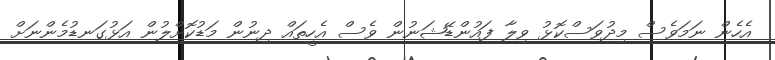
އެހެން ނަމަވެސް މިދުވަސްކޮޅު ވިލާ ފައުންޑޭޝަނުން ވެސް އެހީތައް ދިނުން މަޑުކޮށްލުން އަޅުގަނޑުމެންނަށް